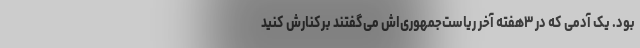
بود. یک آدمی که در ۳هفته آخر ریاست‌جمهوری‌اش می‌گفتند برکنارش کنید